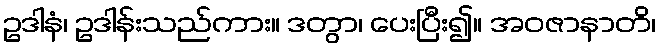
ဥဒါနံ၊ ဥဒါန်းသည်ကား။ ဒတွာ၊ ပေးပြီး၍။ အဝဇာနာတိ၊